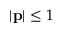
| \mathbf { p } | \leq 1